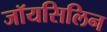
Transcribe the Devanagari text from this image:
जॉयसिलिन